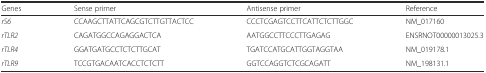
| Genes | Sense primer | Antisense primer | Reference |
 | --- | --- | --- | --- |
 | rS6 | CCAAGCTTATTCAGCGTCTTGTTACTCC | CCCTCGAGTCCTTCATTCTCTTGGC | NM_017160 |
 | rTLR2 | CAGATGGCCAGAGGACTCA | AATGGCCTTCCCTTGAGAG | ENSRNOT00000013025.3 |
 | rTLR4 | GGATGATGCCTCTCTTGCAT | TGATCCATGCATTGGTAGGTAA | NM_019178.1 |
 | rTLR9 | TCCGTGACAATCACCTCTCTT | GGTCCAGGTCTCGCAGATT | NM_198131.1 |